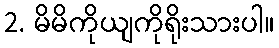
2. မိမိကိုယျကိုရိုးသားပါ။